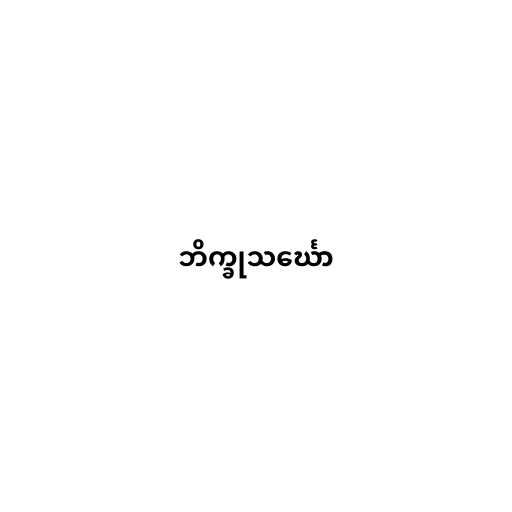
ဘိက္ခုသင်္ဃော